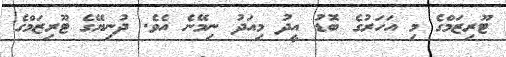
ޓޫރިޒަމްގެ މި އަހަރުގެ ބޮޑު އީދު މިއަދު ނިމޭނެ އެވެ. ދުނިޔޭގެ ޓޫރިޒަމްގެ